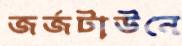
জর্জটাউনে